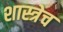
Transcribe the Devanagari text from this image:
शास्त्रेच